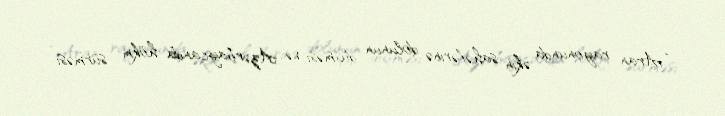
“Aran rayonunda əkin sahələrinə dolunun düşməsi və Azərbaycanda hökm sürməsi